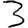
Digit: 3